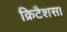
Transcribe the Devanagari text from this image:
क्रिटैशस।